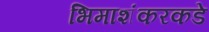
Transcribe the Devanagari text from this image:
भिमाशंकरकडे